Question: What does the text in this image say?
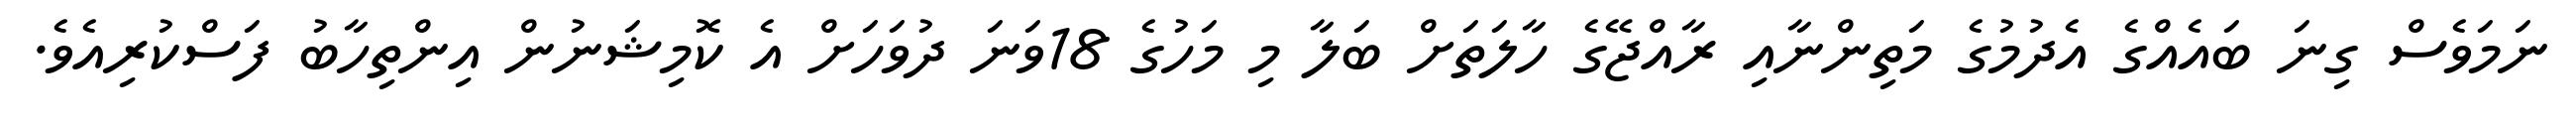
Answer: ނަމަވެސް ގިނަ ބައެއްގެ އެދުމުގެ މަތިންނާއި ރާއްޖޭގެ ހާލަތަށް ބަލާ މި މަހުގެ 18ވަނަ ދުވަހަށް އެ ކޮމިޝަނުން އިންތިހާބު ފަސްކުރިއެވެ.